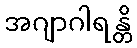
အဂျာဂါရန္တိ